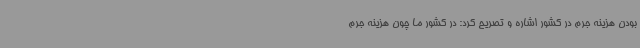
بودن هزینه جرم در کشور اشاره و تصریح کرد: در کشور ما چون هزینه جرم